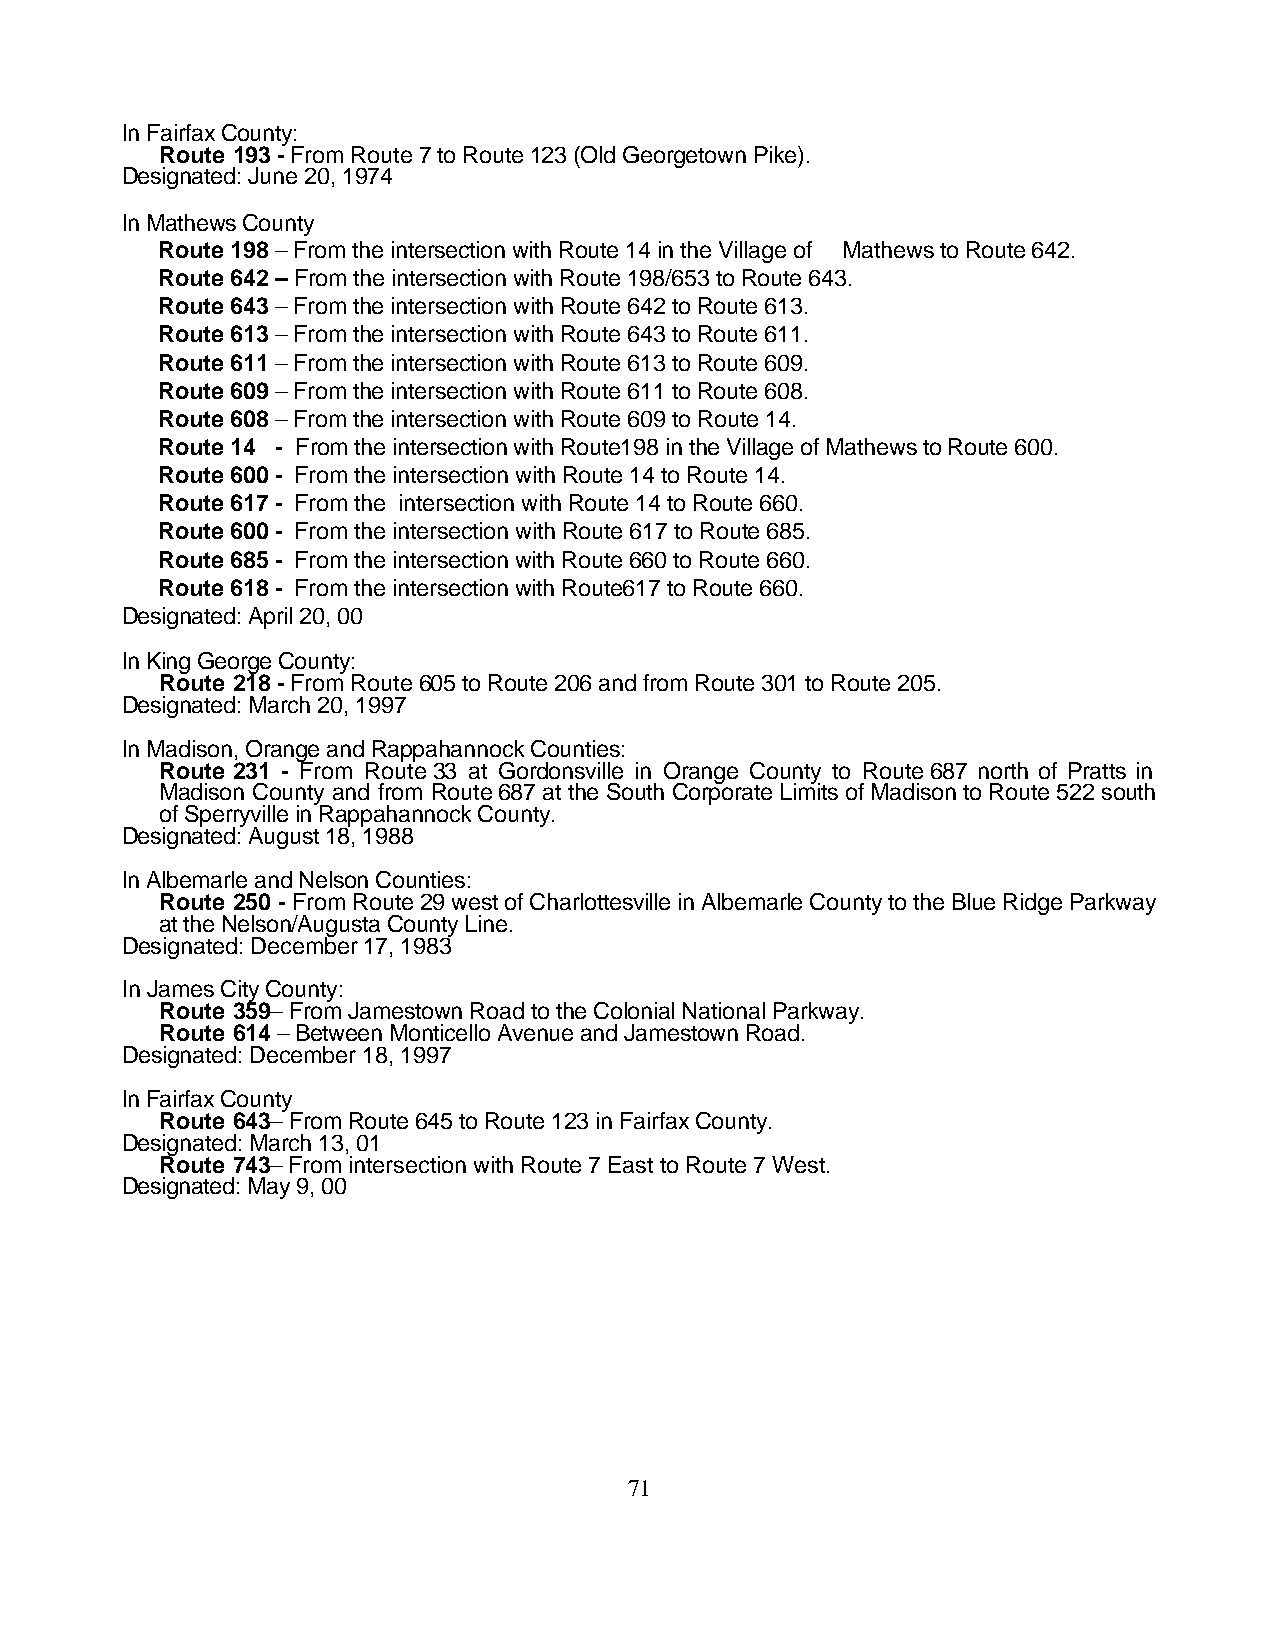
In Fairfax County:
 Route 193 - From Route 7 to Route 123 (Old Georgetown Pike).
 Designated: June 20, 1974
 In Mathews County
 Route 198 – From the intersection with Route 14 in the Village of Mathews to Route 642.
 Route 642 – From the intersection with Route 198/653 to Route 643.
 Route 643 – From the intersection with Route 642 to Route 613.
 Route 613 – From the intersection with Route 643 to Route 611.
 Route 611 – From the intersection with Route 613 to Route 609.
 Route 609 – From the intersection with Route 611 to Route 608.
 Route 608 – From the intersection with Route 609 to Route 14.
 Route 14 - From the intersection with Route198 in the Village of Mathews to Route 600.
 Route 600 - From the intersection with Route 14 to Route 14.
 Route 617 - From the intersection with Route 14 to Route 660.
 Route 600 - From the intersection with Route 617 to Route 685.
 Route 685 - From the intersection with Route 660 to Route 660.
 Route 618 - From the intersection with Route617 to Route 660.
 Designated: April 20, 00
 In King George County:
 Route 218 - From Route 605 to Route 206 and from Route 301 to Route 205.
 Designated: March 20, 1997
 In Madison, Orange and Rappahannock Counties:
 Route 231 - From Route 33 at Gordonsville in Orange County to Route 687 north of Pratts in
 Madison County and from Route 687 at the South Corporate Limits of Madison to Route 522 south
 of Sperryville in Rappahannock County.
 Designated: August 18, 1988
 In Albemarle and Nelson Counties:
 Route 250 - From Route 29 west of Charlottesville in Albemarle County to the Blue Ridge Parkway
 at the Nelson/Augusta County Line.
 Designated: December 17, 1983
 In James City County:
 Route 359– From Jamestown Road to the Colonial National Parkway.
 Route 614 – Between Monticello Avenue and Jamestown Road.
 Designated: December 18, 1997
 In Fairfax County
 Route 643– From Route 645 to Route 123 in Fairfax County.
 Designated: March 13, 01
 Route 743– From intersection with Route 7 East to Route 7 West.
 Designated: May 9, 00
 71